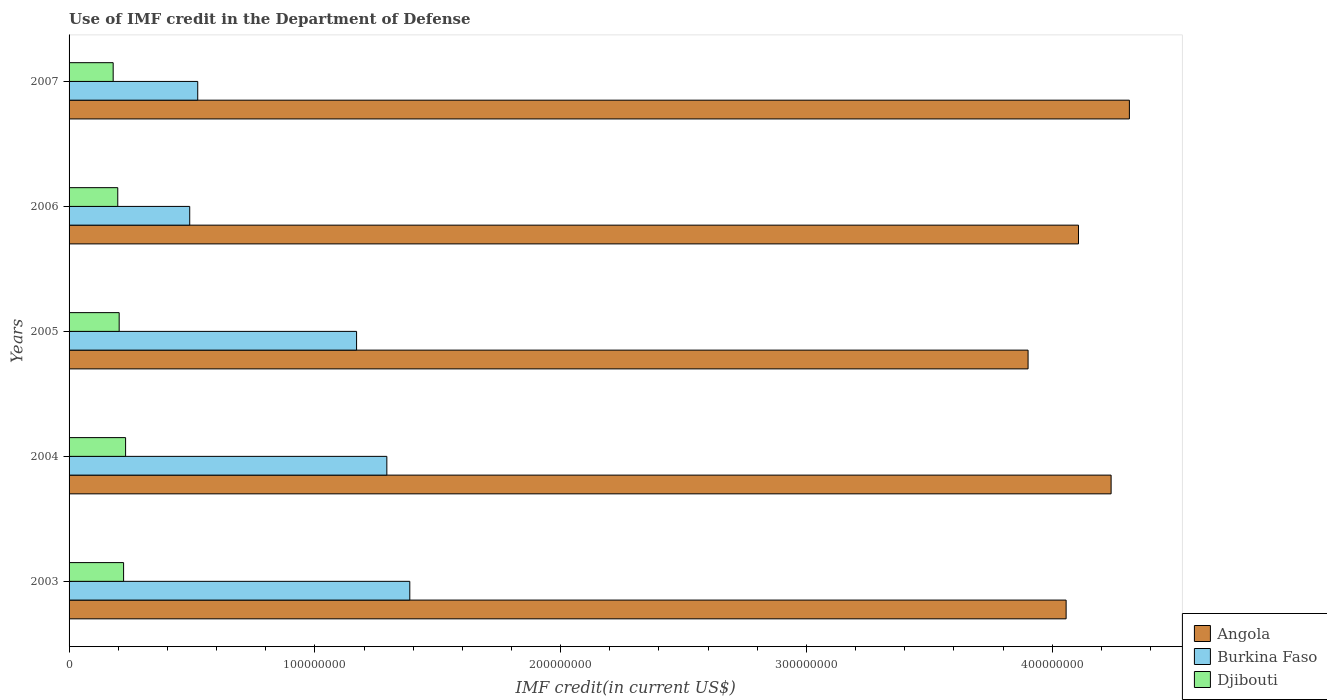
| Years | Angola | Burkina Faso | Djibouti |
 | --- | --- | --- | --- |
 | 2003 | 4.06e+08 | 1.39e+08 | 2.22e+07 |
 | 2004 | 4.24e+08 | 1.29e+08 | 2.3e+07 |
 | 2005 | 3.9e+08 | 1.17e+08 | 2.04e+07 |
 | 2006 | 4.11e+08 | 4.91e+07 | 1.98e+07 |
 | 2007 | 4.31e+08 | 5.24e+07 | 1.79e+07 |